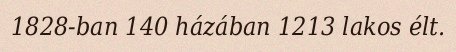
1828-ban 140 házában 1213 lakos élt.